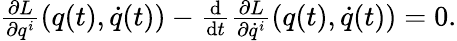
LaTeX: \begin{array}{r}{\frac{\partial L}{\partial q^{i}}(q(t),\dot{q}(t))-\frac{\mathrm{d}}{\mathrm{d}t}\frac{\partial L}{\partial\dot{q}^{i}}(q(t),\dot{q}(t))=0.}\end{array}